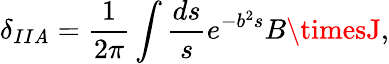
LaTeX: \delta_{II\mathit{A}}=\frac{{1}}{{2\pi}}\int\frac{{ds}}{{s}}e^{-b^{2}s}B\timesJ,